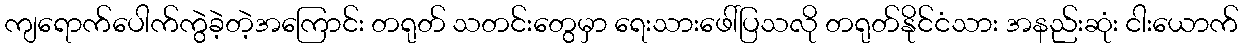
ကျရောက်ပေါက်ကွဲခဲ့တဲ့အကြောင်း တရုတ် သတင်းတွေမှာ ရေးသားဖေါ်ပြသလို တရုတ်နိုင်ငံသား အနည်းဆုံး ငါးယောက်